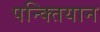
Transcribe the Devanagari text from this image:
पन्क्तियान